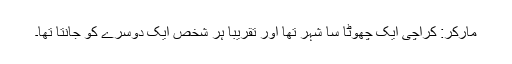
مارکر: کراچی ایک چھوٹا سا شہر تھا اور تقریبا ہر شخص ایک دوسرے کو جانتا تھا۔